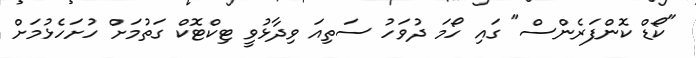
"ކޯޑް ކޮންފަރެންސް" ގައި ހޯމަ ދުވަހު ސަތިއަ ވިދާޅުވީ ޓިކްޓޮކް ގަތުމަށް ހުށަހެޅުމަށް